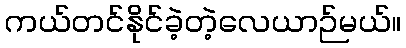
ကယ်တင်နိုင်ခဲ့တဲ့လေယာဉ်မယ်။